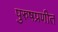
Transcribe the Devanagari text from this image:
पुरुषप्रणीत